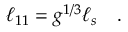
\ell _ { 1 1 } = g ^ { 1 / 3 } \ell _ { s } \quad .